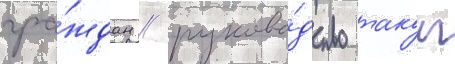
гра́ждан / руково́дство такои